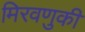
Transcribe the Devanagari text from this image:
मिरवणुकी